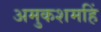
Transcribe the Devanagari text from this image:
अमुकशमहिं